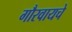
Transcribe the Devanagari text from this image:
गौरवायचे